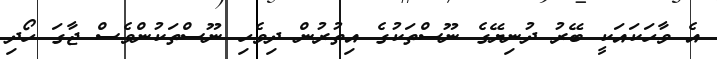
އެ ވާހަކައަކީ ބޭރު ދުނިޔޭގެ ނޫސްތަކުގެ އިތުރުން ދިވެހި ނޫސްތަކުންވެސް ޖާގަ ހޯދި